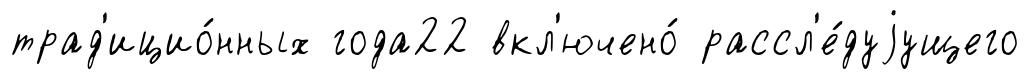
трад'ицио́нных года22 вкл'ючено́ рассл'е́дуjущего